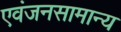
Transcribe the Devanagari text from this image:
एवंजनसामान्य